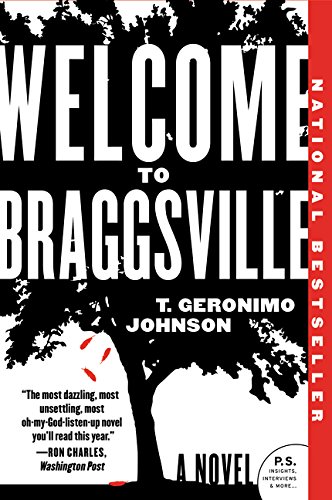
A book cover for Welcome to Braggsville: A Novel; T. Geronimo Johnson; Literature & Fiction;